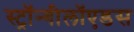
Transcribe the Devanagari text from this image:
स्ट्रॉन्गीलॉएडस